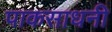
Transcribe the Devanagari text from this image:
पाकसाधनी